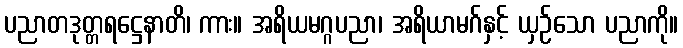
ပညာတဒုတ္တရဋ္ဌေနာတိ၊ ကား။ အရိယမဂ္ဂပညာ၊ အရိယာမဂ်နှင့် ယှဉ်သော ပညာကို။